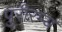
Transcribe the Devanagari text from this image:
पुरीरम्य